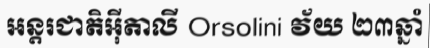
អន្តរជាតិអ៊ីតាលី Orsolini វ័យ ២៣ឆ្នាំ